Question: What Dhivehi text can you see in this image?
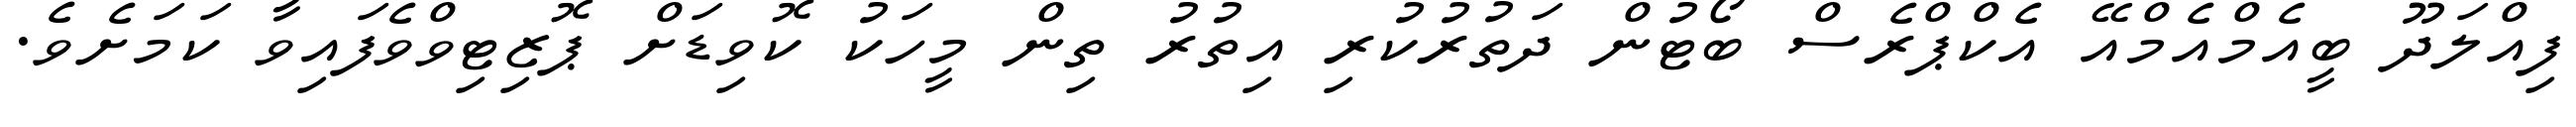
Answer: ފިއްލަދޫ ބީއެމްއެމްއޭ އެކްޕްރެސް ބޯޓުން ދަތުރުކުރި އިތުރު ތިން މީހަކު ކޮވިޑަށް ޕޮޒިޓިވްވެފައިވާ ކަމަށެވެ.